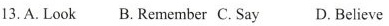
13. A. Look B. Remember C. Say D. Believe